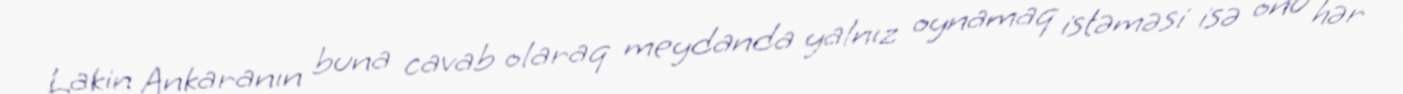
Lakin Ankaranın buna cavab olaraq meydanda yalnız oynamaq istəməsi isə onu hər